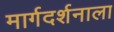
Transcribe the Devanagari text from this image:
मार्गदर्शनाला